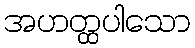
အဟတ္ထပါသော